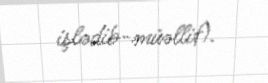
işlədib-müəllif).